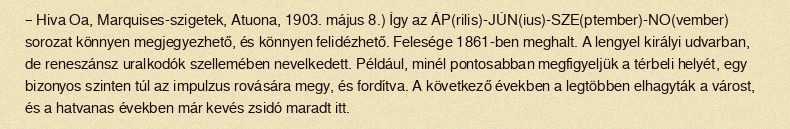
– Hiva Oa, Marquises-szigetek, Atuona, 1903. május 8.) Így az ÁP(rilis)-JÚN(ius)-SZE(ptember)-NO(vember) sorozat könnyen megjegyezhető, és könnyen felidézhető. Felesége 1861-ben meghalt. A lengyel királyi udvarban, de reneszánsz uralkodók szellemében nevelkedett. Például, minél pontosabban megfigyeljük a térbeli helyét, egy bizonyos szinten túl az impulzus rovására megy, és fordítva. A következő években a legtöbben elhagyták a várost, és a hatvanas években már kevés zsidó maradt itt.